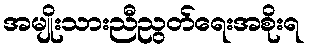
အမျိုးသားညီညွတ်ရေးအစိုးရ